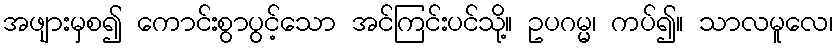
အဖျားမှစ၍ ကောင်းစွာပွင့်သော အင်ကြင်းပင်သို့။ ဥပဂမ္မ၊ ကပ်၍။ သာလမူလေ၊